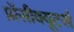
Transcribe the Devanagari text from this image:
प्रॉसीक्यूटर्स